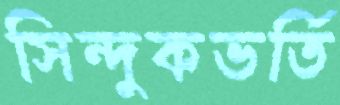
সিন্দুকভর্তি